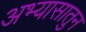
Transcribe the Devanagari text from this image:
अभ्यासातुन